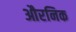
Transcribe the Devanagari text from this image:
औरनिक